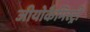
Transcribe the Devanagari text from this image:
जीयोकैमिस्ट्री